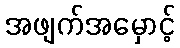
အဖျက်အမှောင့်